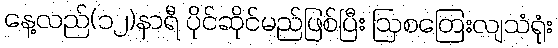
နေ့လည်(၁၂)နာရီ ပိုင်ဆိုင်မည်ဖြစ်ပြီး ဩစတြေးလျသံရုံး